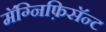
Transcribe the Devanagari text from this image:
मॅग्निफ़िसॅन्ट